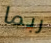
ربما